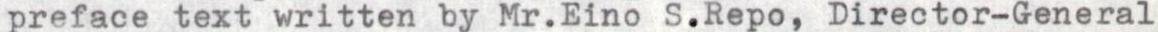
preface text written by Mr.Eino S.Repo, Director-General